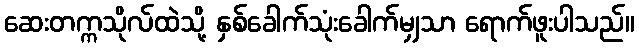
ဆေးတက္ကသိုလ်ထဲသို့ နှစ်ခေါက်သုံးခေါက်မျှသာ ရောက်ဖူးပါသည်။